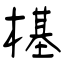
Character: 樭